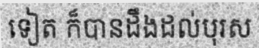
ទៀត ក៏បានដឹងដល់បុរស